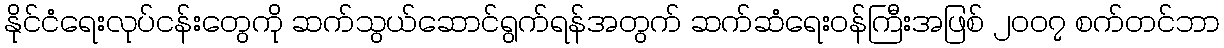
နိုင်ငံရေးလုပ်ငန်းတွေကို ဆက်သွယ်ဆောင်ရွက်ရန်အတွက် ဆက်ဆံရေးဝန်ကြီးအဖြစ် ၂၀၀၇ စက်တင်ဘာ